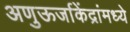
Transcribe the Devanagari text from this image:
अणुऊर्जाकेंद्रांमध्ये